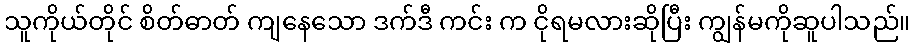
သူကိုယ်တိုင် စိတ်ဓာတ် ကျနေသော ဒက်ဒီ ကင်း က ငိုရမလားဆိုပြီး ကျွန်မကိုဆူပါသည်။